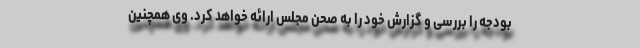
بودجه را بررسی و گزارش خود را به صحن مجلس ارائه خواهد کرد. وی همچنین